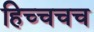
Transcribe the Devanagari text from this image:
हिच्चचच